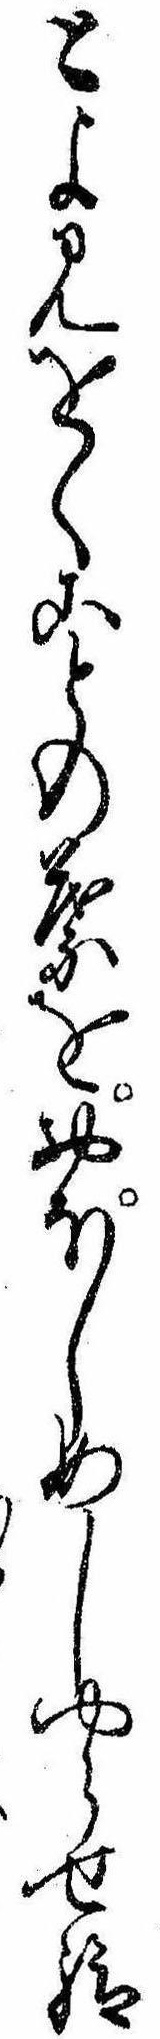
とよみをくことの葉をおほしめしやらせ給